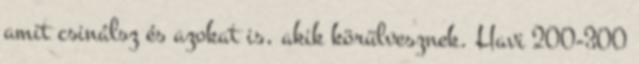
amit csinálsz és azokat is, akik körülvesznek. Havi 200-300